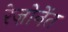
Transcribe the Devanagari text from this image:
रेज़ोनेंत